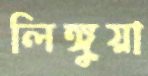
লিঙ্গুয়া